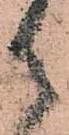
御